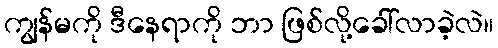
ကျွန်မကို ဒီနေရာကို ဘာ ဖြစ်လို့ခေါ်လာခဲ့လဲ။